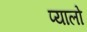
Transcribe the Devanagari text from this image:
प्यालो